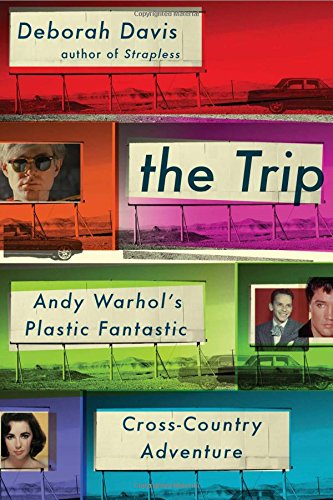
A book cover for The Trip: Andy Warhol's Plastic Fantastic Cross-Country Adventure; Deborah Davis; Biographies & Memoirs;